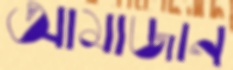
আমাজান